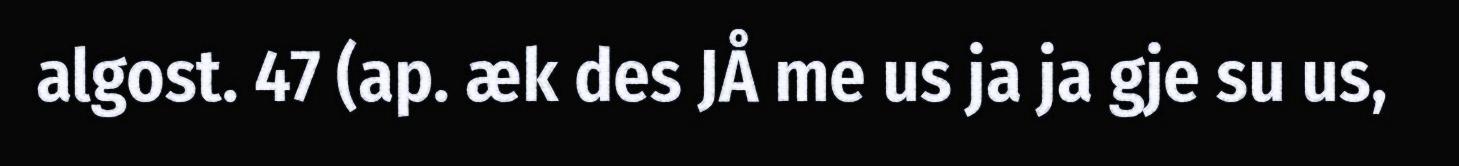
algost. 47 (ap. æk des JÅ me us ja ja gje su us,